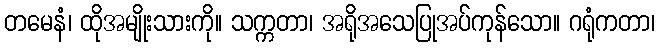
တမေနံ၊ ထိုအမျိုးသားကို။ သက္ကတာ၊ အရိုအသေပြုအပ်ကုန်သော။ ဂရုံကတာ၊